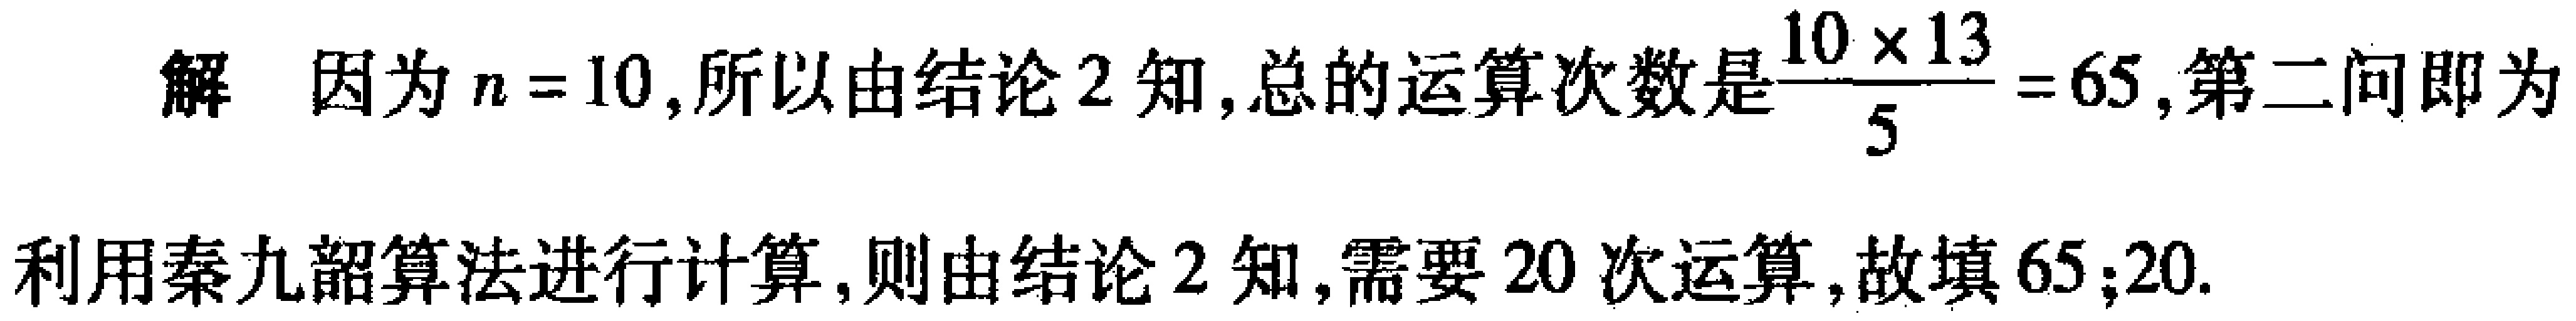
解 因为\(n = 10\)，所以由结论2知，总的运算次数是\(\frac{10\times13}{5}=65\)，第二问即为

利用秦九韶算法进行计算，则由结论2知，需要\(20\)次运算，故填\(65;20\).